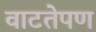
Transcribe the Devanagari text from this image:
वाटतेपण